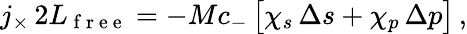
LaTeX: j_{\times}\, 2L_{\mathrm{~f~r~e~e~}}=-Mc_{-}\, \bigl[\chi_{s}\, \Delta s+\chi_{p}\, \Delta p\bigr]\, ,